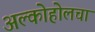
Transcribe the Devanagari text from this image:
अल्कोहोलचा